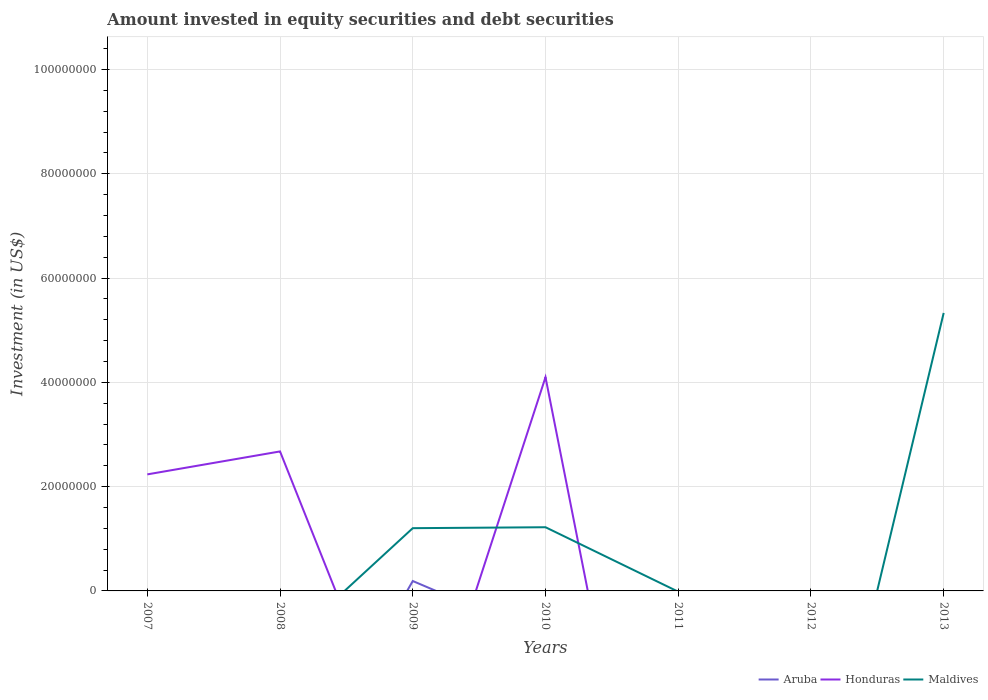
| Years | Aruba | Honduras | Maldives |
 | --- | --- | --- | --- |
 | 2007 | -6.08e+07 | 2.24e+07 | -3.26e+06 |
 | 2008 | -4.26e+07 | 2.68e+07 | -1.14e+07 |
 | 2009 | 1.9e+06 | -3.71e+07 | 1.2e+07 |
 | 2010 | -8.94e+06 | 4.1e+07 | 1.22e+07 |
 | 2011 | -1.26e+07 | -8.77e+07 | -1.49e+05 |
 | 2012 | -1.43e+08 | -1.12e+06 | -5.31e+07 |
 | 2013 | -7.27e+07 | -1.01e+09 | 5.33e+07 |